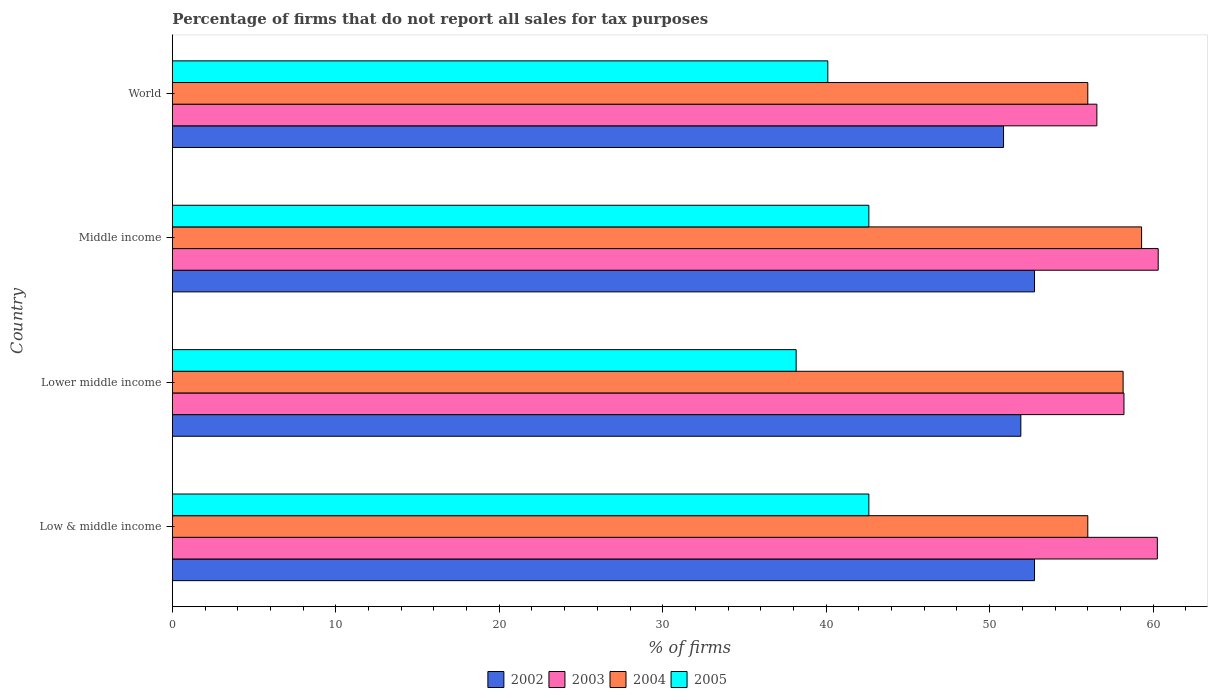
| Country | 2002 | 2003 | 2004 | 2005 |
 | --- | --- | --- | --- | --- |
 | Low & middle income | 52.7 | 60.3 | 56 | 42.6 |
 | Lower middle income | 51.9 | 58.2 | 58.2 | 38.2 |
 | Middle income | 52.7 | 60.3 | 59.3 | 42.6 |
 | World | 50.9 | 56.6 | 56 | 40.1 |